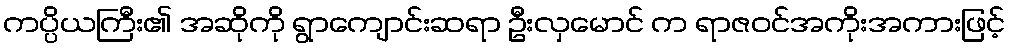
ကပ္ပိယကြီး၏ အဆိုကို ရွာကျောင်းဆရာ ဦးလှမောင် က ရာဇဝင်အကိုးအကားဖြင့်